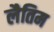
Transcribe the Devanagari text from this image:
लैतिम